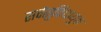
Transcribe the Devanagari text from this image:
सर्वसुविधायुक्त